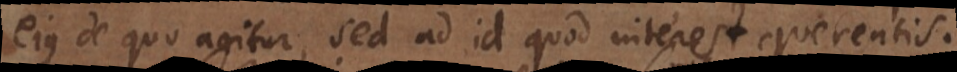
ejus de quo agitur, sed ad id quod interest querentis.